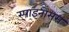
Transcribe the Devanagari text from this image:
स्पाइनोसस